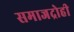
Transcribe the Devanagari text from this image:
समाजद्रोही